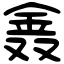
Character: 𨥖